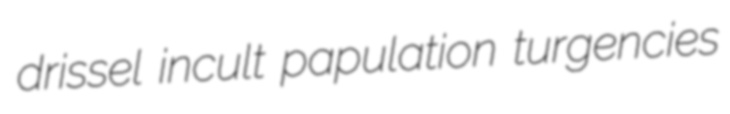
drissel incult papulation turgencies